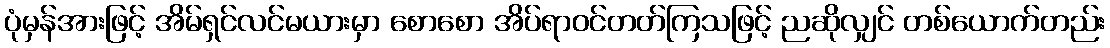
ပုံမှန်အားဖြင့် အိမ်ရှင်လင်မယားမှာ စောစော အိပ်ရာဝင်တတ်ကြသဖြင့် ညဆိုလျှင် တစ်ယောက်တည်း